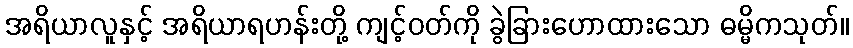
အရိယာလူနှင့် အရိယာရဟန်းတို့ ကျင့်ဝတ်ကို ခွဲခြားဟောထားသော ဓမ္မိကသုတ်။